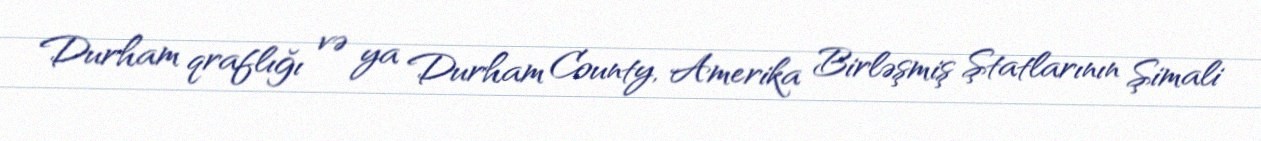
Durham qraflığı və ya Durham County, Amerika Birləşmiş Ştatlarının Şimali